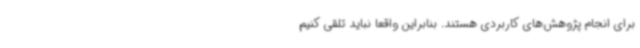
برای انجام پژوهش‌های کاربردی هستند. بنابراین واقعا نباید تلقی کنیم